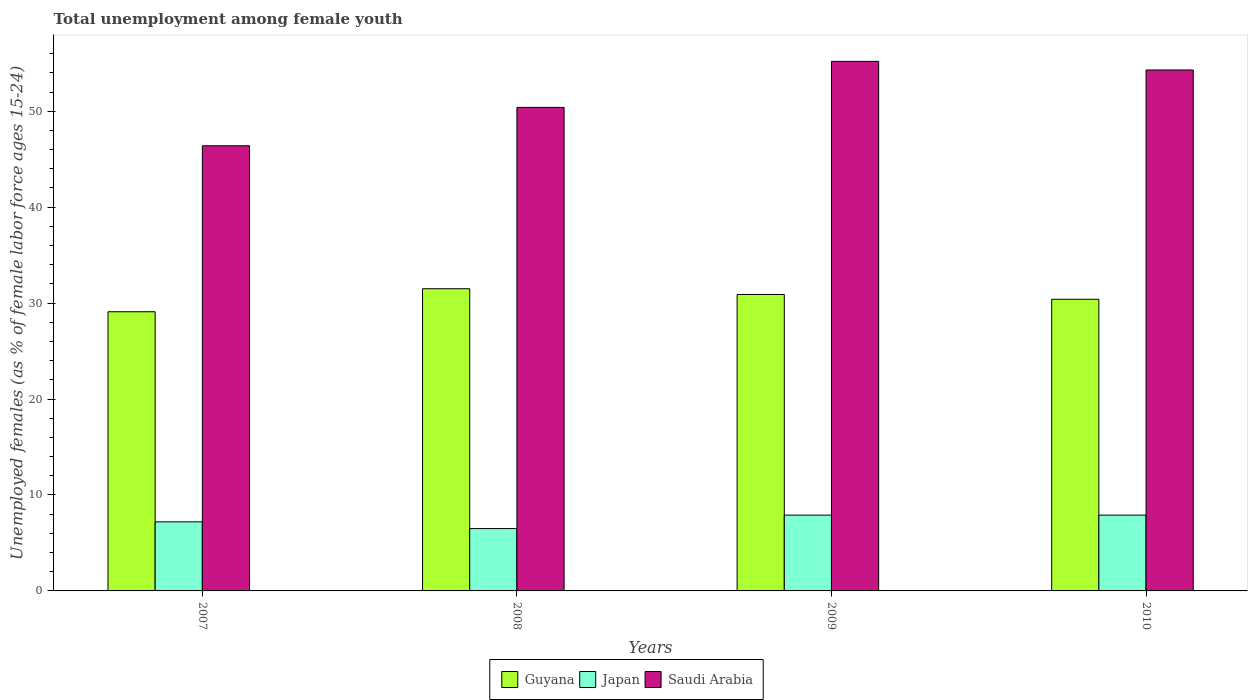
| Years | Guyana | Japan | Saudi Arabia |
 | --- | --- | --- | --- |
 | 2007 | 29.1 | 7.2 | 46.4 |
 | 2008 | 31.5 | 6.5 | 50.4 |
 | 2009 | 30.9 | 7.9 | 55.2 |
 | 2010 | 30.4 | 7.9 | 54.3 |